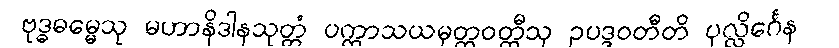
ဗုဒ္ဓဓမ္မေသု မဟာနိဒါနသုတ္တံ ပက္ကာသယမုတ္တဝတ္ထီသု ဥပဒ္ဒဝတီတိ ပုလ္လိင်္ဂေန